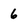
Character: 6